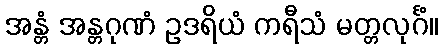
အန္တံ အန္တဂုဏံ ဥဒရိယံ ကရီသံ မတ္တလုင်္ဂံ။